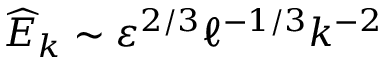
\widehat { E } _ { k } \sim \varepsilon ^ { 2 / 3 } \ell ^ { - 1 / 3 } k ^ { - 2 }